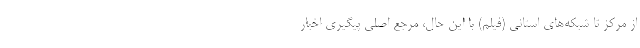
از مرکز تا شبکه‌های استانی (فیلم) با این حال، مرجع اصلی پیگیری اخبار